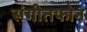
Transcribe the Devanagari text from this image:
संगीतफोन